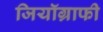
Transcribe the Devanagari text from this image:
जियॉग्राफी